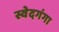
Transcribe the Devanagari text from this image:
स्वेदगंगा